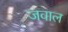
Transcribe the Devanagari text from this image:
जवाल